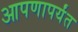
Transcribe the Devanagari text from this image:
आपणापर्यंत